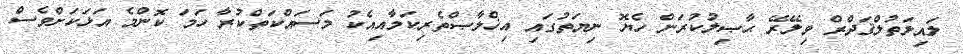
ލައިލަތުލްޤަދްރް ވިލޭރޭ ޙާޞިލުކުރަން ހެޔޮ ނިޔަތުގައި އިޚްލާޞްތެރިކަމާއިއެކު މަސައްކަތްކުރާ ހަމަ ކޮންމެ އަޅަކަށްވެސް